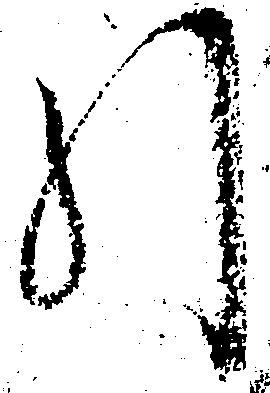
引